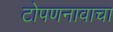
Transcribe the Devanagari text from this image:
टोपणनावाचा